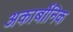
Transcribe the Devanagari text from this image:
अकार्बोनिक